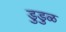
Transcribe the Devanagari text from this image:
डुडुळ